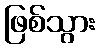
ဖြစ်သွား